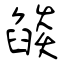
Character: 燄